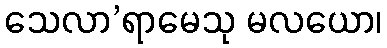
သေလာ’ရာမေသု မလယော၊